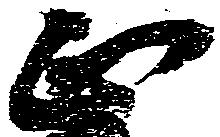
正